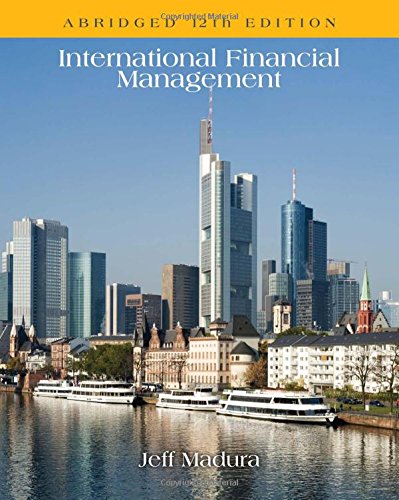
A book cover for International Financial Management, Abridged; Jeff Madura; Business & Money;